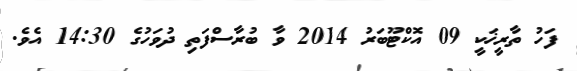
ފަހު ތާރީޚަކީ 09 އޮކްޓޫބަރު 2014 ވާ ބުރާސްފަތި ދުވަހުގެ 14:30 އެވެ.